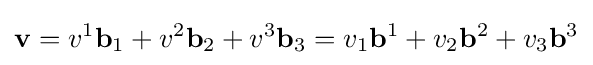
\mathbf {v} =v^{1}\mathbf {b} _{1}+v^{2}\mathbf {b} _{2}+v^{3}\mathbf {b} _{3}=v_{1}\mathbf {b} ^{1}+v_{2}\mathbf {b} ^{2}+v_{3}\mathbf {b} ^{3}